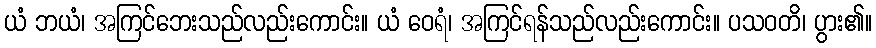
ယံ ဘယံ၊ အကြင်ဘေးသည်လည်းကောင်း။ ယံ ဝေရံ၊ အကြင်ရန်သည်လည်းကောင်း။ ပသဝတိ၊ ပွား၏။